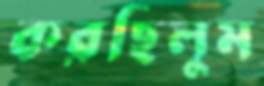
করছিলুম